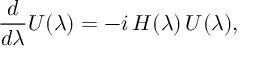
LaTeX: { \frac { d } { d \lambda } } U ( \lambda ) = - i \, H ( \lambda ) \, U ( \lambda ) ,